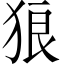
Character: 狼